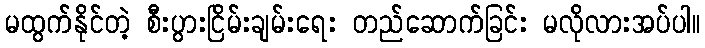
မထွက်နိုင်တဲ့ စီးပွားငြိမ်းချမ်းရေး တည်ဆောက်ခြင်း မလိုလားအပ်ပါ။